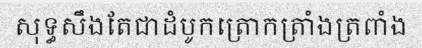
សុទ្ធសឹងតែជាដំបូកត្រោកត្រាំងត្រពាំង